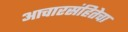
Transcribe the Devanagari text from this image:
आचारसंहितेचा